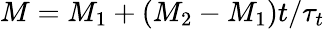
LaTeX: M=M_{1}+(M_{2}-M_{1})t/\tau_{t}